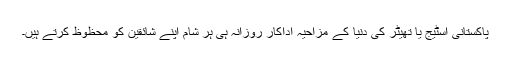
پاکستانی اسٹیج یا تھیٹر کی دنیا کے مزاحیہ اداکار روزانہ ہی ہر شام اپنے شائقین کو محظوظ کرتے ہیں۔